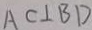
A C \bot B D